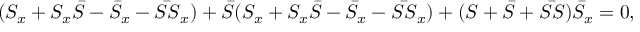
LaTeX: ( S _ { x } + S _ { x } \bar { S } - \bar { S } _ { x } - \bar { S S } _ { x } ) + \bar { S } ( S _ { x } + S _ { x } \bar { S } - \bar { S } _ { x } - \bar { S S } _ { x } ) + ( S + \bar { S } + \bar { S S } ) \bar { S } _ { x } = 0 ,